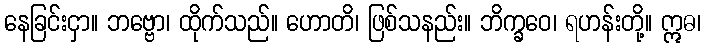
နေခြင်းငှာ။ ဘဗ္ဗော၊ ထိုက်သည်။ ဟောတိ၊ ဖြစ်သနည်း။ ဘိက္ခဝေ၊ ရဟန်းတို့။ ဣဓ၊